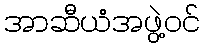
အာဆီယံအဖွဲ့ဝင်